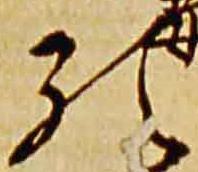
預